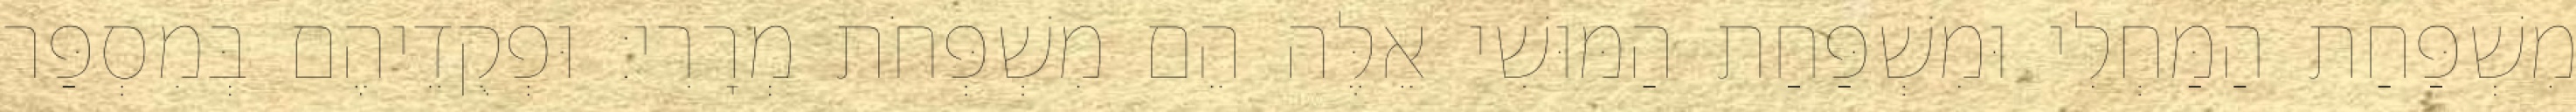
מִשְׁפַּחַת הַמַּחְלִי וּמִשְׁפַּחַת הַמּוּשִׁי אֵלֶּה הֵם מִשְׁפְּחֹת מְרָרִי׃ וּפְקֻדֵיהֶם בְּמִסְפַּר